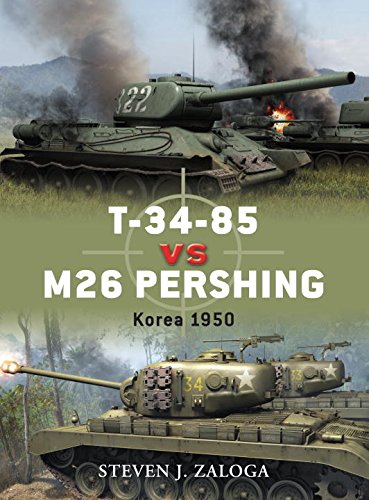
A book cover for T-34-85 vs M26 Pershing: Korea 1950 (Duel); Steven Zaloga; History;